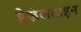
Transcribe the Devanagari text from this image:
हेज़ेलटाइन